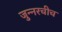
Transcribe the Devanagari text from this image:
जुन्‍नरचीच